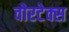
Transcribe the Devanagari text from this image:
वोरटेक्स